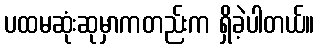
ပထမဆုံးဆုမှာကတည်းက ရှိခဲ့ပါတယ်။